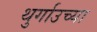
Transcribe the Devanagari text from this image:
थुर्गाउच्या